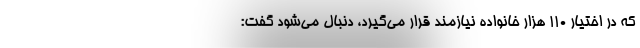
که در اختیار ۱۱۰ هزار خانواده نیازمند قرار می‌گیرد، دنبال می‌شود گفت: